65_HS1-834228961_62-HQ-83894_Section_3
Agency: FBI
Page 35
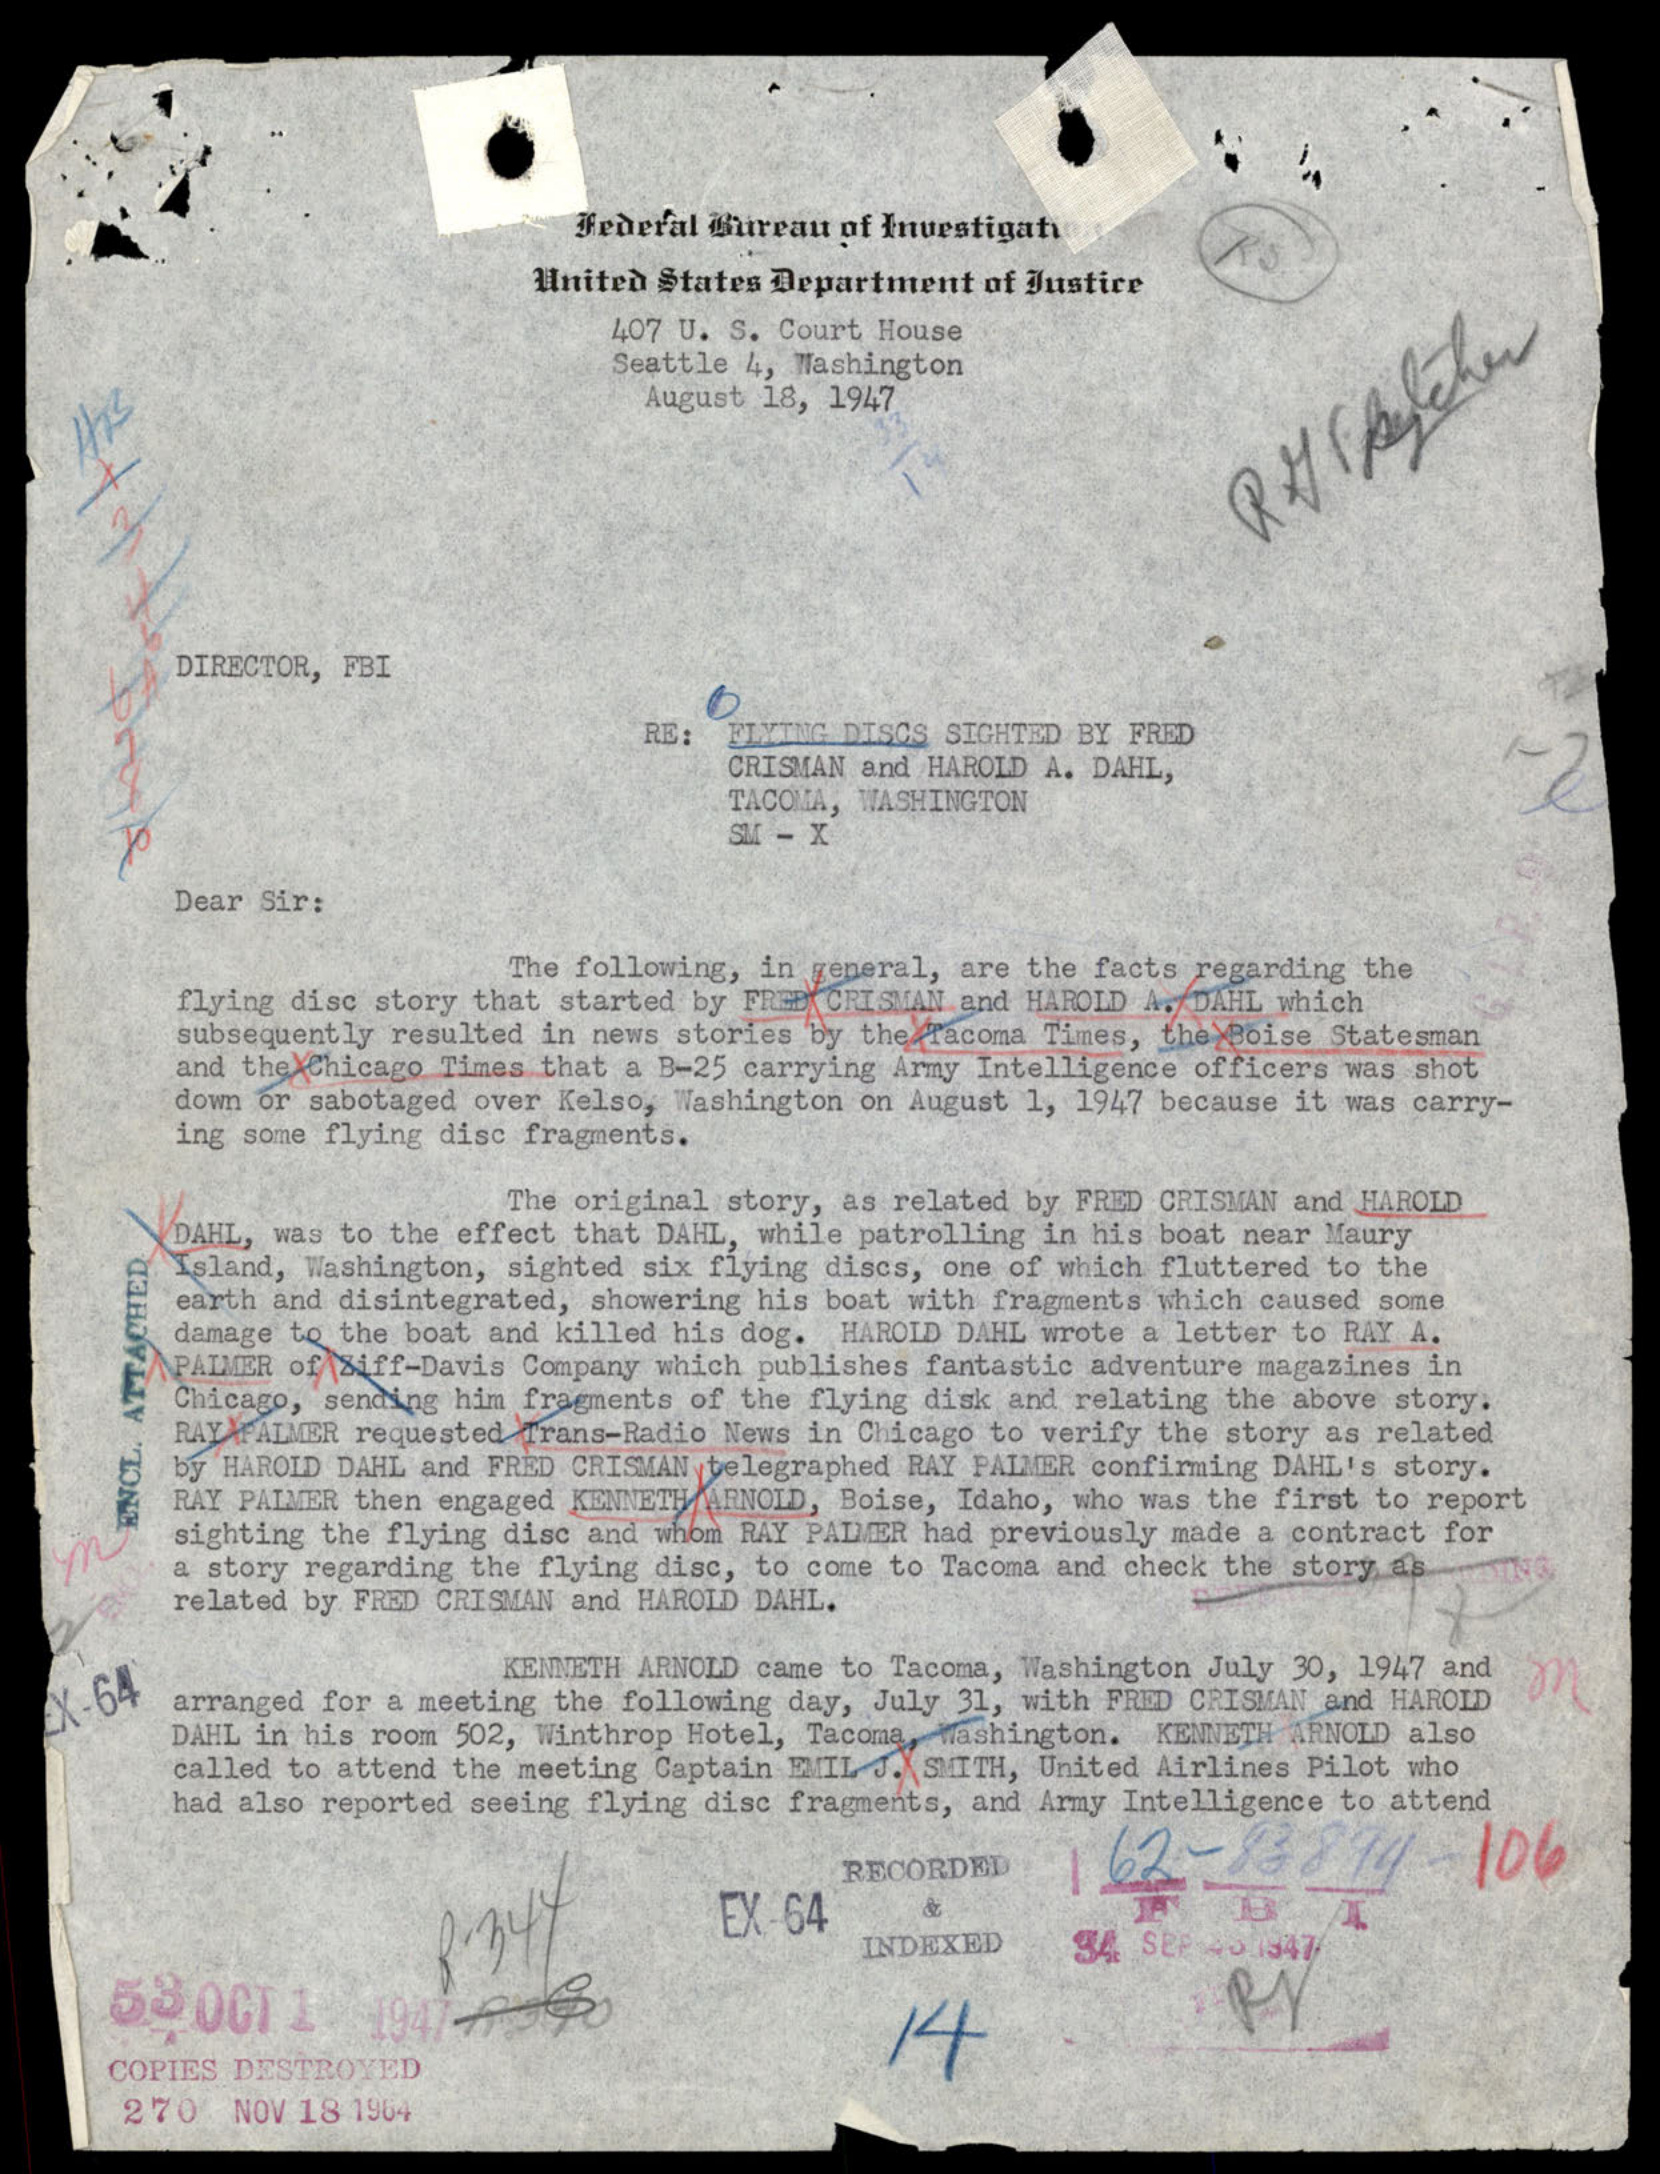